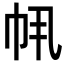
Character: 𫷂